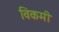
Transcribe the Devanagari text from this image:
विकमी